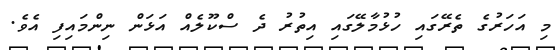
މި އަހަރުގެ ތެރޭގައި ހުޅުމާލޭގައި އިތުރު ދެ ސްކޫލެއް އަޅަން ނިންމައިފި އެވެ.